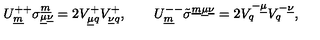
U _ { \underline { { m } } } ^ { + + } \sigma _ { \underline { { \mu } } \underline { { \nu } } } ^ { \underline { { m } } } = 2 V _ { \underline { { \mu } } q } ^ { + } V _ { \underline { { \nu } } q } ^ { + } , \qquad U _ { \underline { { m } } } ^ { -- } \tilde { \sigma } ^ { \underline { { m } } \underline { { \mu } } \underline { { \nu } } } = 2 V _ { q } ^ { - \underline { { \mu } } } V _ { q } ^ { - \underline { { \nu } } } , \qquad